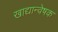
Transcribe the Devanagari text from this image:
खाद्यान्वेषक